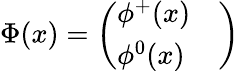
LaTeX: \Phi(x)=\left(\begin{array}{lc}{{\phi^{+}(x)}}&{{}}\\ {{\phi^{0}(x)}}&{{}}\end{array}\right)